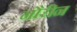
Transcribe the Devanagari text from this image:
नौरीन